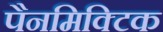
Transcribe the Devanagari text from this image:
पैनमिक्टिक